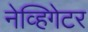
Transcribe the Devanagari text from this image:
नेव्हिगेटर